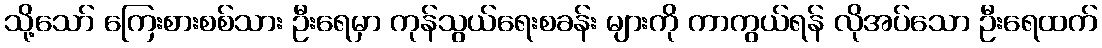
သို့သော် ကြေးစားစစ်သား ဦးရေမှာ ကုန်သွယ်ရေးစခန်း များကို ကာကွယ်ရန် လိုအပ်သော ဦးရေထက်